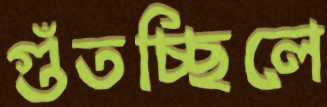
গুঁতচ্ছিলে